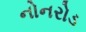
નોનરોડ